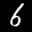
Label: 6